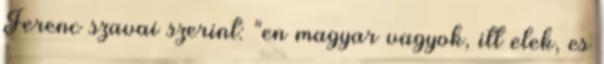
Ferenc szavai szerint: "en magyar vagyok, itt elek, es